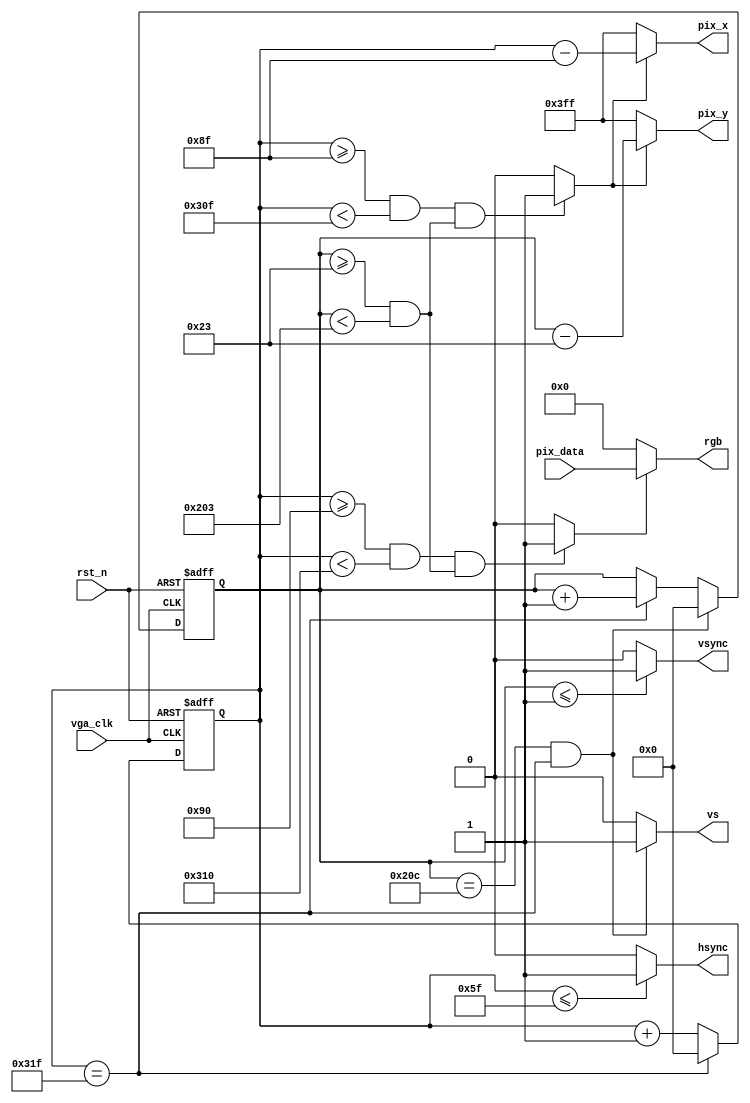
`timescale 1ns / 1ps
//////////////////////////////////////////////////////////////////////////////////
// Company: 
// Engineer: 
// 
// Design Name: 
// Module Name: vga_ctrl
// Project Name: 
// Target Devices: 
// Tool Versions: 
// Description: 
// 
// Dependencies: 
// 
// Revision:
// Revision 0.01 - File Created
// Additional Comments:
// 
//////////////////////////////////////////////////////////////////////////////////


module vga_ctrl(
    input   vga_clk ,         //,25MHz 
    input   rst_n ,           //,     
    input   [11:0]  pix_data ,//
    output  [9:0]   pix_x ,   //VGAX 
    output  [9:0]   pix_y ,   //VGAY 
    output  hsync ,           // ()
    output  vsync ,           //() 
    output  [11:0]  rgb ,     //
    output  vs                //
    );
    
    /*
    parameter H_SYNC    =   10'd1  ,   //           
                  H_BACK    =   10'd0  ,   //           
                  H_LEFT    =   10'd0   ,   //           
                  H_VALID   =   10'd4 ,   //           
                  H_RIGHT   =   10'd5   ,   //           
                  H_FRONT   =   10'd6   ,   //           
                  H_TOTAL   =   10'd16 ;   // 
                  //800=96+40+8+640+8+8
        parameter V_SYNC    =   10'd1   ,   //           
                  V_BACK    =   10'd0  ,   //     
                  V_TOP     =   10'd0   ,   //       
                  V_VALID   =   10'd4 ,   //
                  V_BOTTOM  =   10'd5   ,   //    
                  V_FRONT   =   10'd6   ,   //       
                  V_TOTAL   =   10'd16 ;   //
                  */
    //1024*768@60(1024*76860)
    //640*480@60(640*48060)25MHz
    parameter H_SYNC    =   15'd96  ,   //           
              H_BACK    =   15'd40  ,   //           
              H_LEFT    =   15'd8   ,   //           
              H_VALID   =   15'd640 ,   //           
              H_RIGHT   =   15'd8   ,   //           
              H_FRONT   =   15'd8   ,   //           
              H_TOTAL   =   15'd800 ;   // 
    parameter V_SYNC    =   10'd2   ,   //           
              V_BACK    =   10'd25  ,   //     
              V_TOP     =   10'd8   ,   //       
              V_VALID   =   10'd480 ,   //
              V_BOTTOM  =   10'd8   ,   //    
              V_FRONT   =   10'd2   ,   //       
              V_TOTAL   =   10'd525 ;   //
              
    wire   rgb_valid       ;   //VGA 
    wire   pix_data_req    ;   //
    reg    [9:0]   cnt_h   ;   // 
    reg    [9:0]   cnt_v   ;   //
    
    //cnt_h: 
    always@(posedge vga_clk or  negedge rst_n)     
    if(rst_n == 0)         
       cnt_h   <=  0;//     
    else   if(cnt_h == H_TOTAL - 1'd1)         
       cnt_h   <=  0;//     
    else  
       cnt_h   <=  cnt_h + 1'd1;//1
       
    //hsync: 
    assign  hsync = (cnt_h  <=  H_SYNC - 1'd1) ? 1'b1 : 1'b0;
    
    //cnt_v: 
    always@(posedge vga_clk or  negedge rst_n)     
    if(rst_n == 0)      
    begin
        cnt_v   <=  0;//
    end
    else if((cnt_v == V_TOTAL - 1'd1) &&  (cnt_h == H_TOTAL-1'd1))        
    begin
        cnt_v   <=  0;//    
    end
    else if(cnt_h == H_TOTAL - 1'd1)        
    begin
        cnt_v   <=  cnt_v + 1'd1;//   
    end 
    else       
    begin
        cnt_v   <=  cnt_v;//
    end

    //vsync: 
    assign  vsync = (cnt_v  <=  V_SYNC - 1'd1) ? 1'b1 : 1'b0  ;
    
    //rgb_valid:VGA 
    assign  rgb_valid = ((cnt_h >= H_SYNC + H_BACK + H_LEFT)
                        && (cnt_h < H_SYNC + H_BACK + H_LEFT + H_VALID)//
                        &&((cnt_v >= V_SYNC + V_BACK + V_TOP)                     
                        && (cnt_v < V_SYNC + V_BACK + V_TOP + V_VALID))) //
                        ? 1'b1 : 1'b0;
    
    //pix_data_req:,rgb_valid 
    assign  pix_data_req = (((cnt_h >= H_SYNC + H_BACK + H_LEFT - 1'b1)                     
                           && (cnt_h < H_SYNC + H_BACK + H_LEFT + H_VALID - 1'b1))
                           &&((cnt_v >= V_SYNC + V_BACK + V_TOP)
                           && (cnt_v < V_SYNC + V_BACK + V_TOP + V_VALID)))
                           ? 1'b1 : 1'b0;
                           
     //pix_x,pix_y:VGA 
     assign  pix_x = (pix_data_req == 1'b1)? (cnt_h - (H_SYNC + H_BACK + H_LEFT - 1'b1)) : 10'h3ff; 
     assign  pix_y = (pix_data_req == 1'b1)? (cnt_v - (V_SYNC + V_BACK + V_TOP)) : 10'h3ff;
     
     //vs
     assign  vs  =  ((cnt_v == V_TOTAL - 1'd1) &&  (cnt_h == H_TOTAL-1'd1))?  1'b1 : 0;
     
     //rgb: 
     assign  rgb = (rgb_valid == 1'b1) ? pix_data : 12'b0 ;
  
endmodule